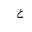
Letter: _ayn